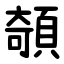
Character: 䫑